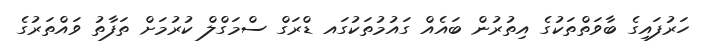
ހަރުފައިގެ ބާވަތްތަކުގެ އިތުރުން ބައެއް ގައުމުތަކުގައ ޑްރަގް ސްމަގްލް ކުރުމަށް ތަފާތު ވައްތަރުގެ